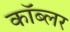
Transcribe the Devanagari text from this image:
कॉब्लर